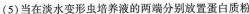
(5)当在淡水变形虫培养液的两端分别放置蛋白质粉